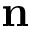
\mathbf { n }